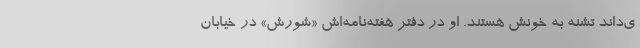
ی‌داند تشنه به خونش هستند. او در دفتر هفته‌نامه‌اش «شورش» در خیابان